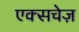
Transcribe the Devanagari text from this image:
एक्सचेज़